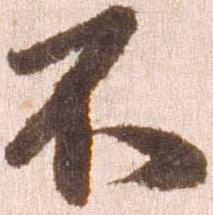
不